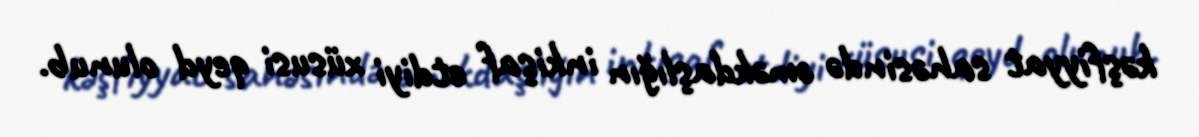
kəşfiyyat sahəsində əməkdaşlığın inkişaf etdiyi xüsusi qeyd olunub.